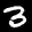
Label: 3